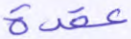
عقدة